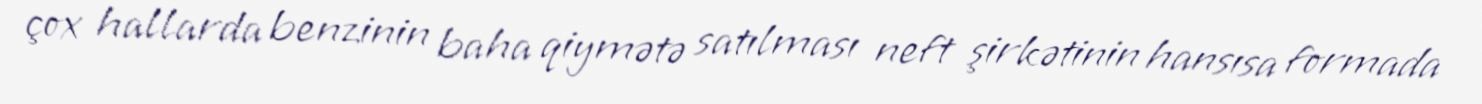
çox hallarda benzinin baha qiymətə satılması neft şirkətinin hansısa formada